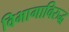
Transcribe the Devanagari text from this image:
विभागाविरुद्ध